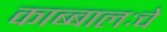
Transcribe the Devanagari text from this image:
काब्बालःचे